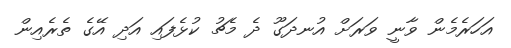
އަހަރެމެން ވާނީ ވަރަށް އުނދަގޫ ދެ މެޗު ކުޅެފައި އަދި އޭގެ ތެރެއިން